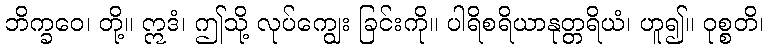
ဘိက္ခဝေ၊ တို့။ ဣဒံ၊ ဤသို့ လုပ်ကျွေး ခြင်းကို။ ပါရိစရိယာနုတ္တရိယံ၊ ဟူ၍။ ဝုစ္စတိ၊